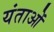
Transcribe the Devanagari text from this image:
यंताओं